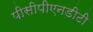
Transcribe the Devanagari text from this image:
पीसीपीएनडीटी